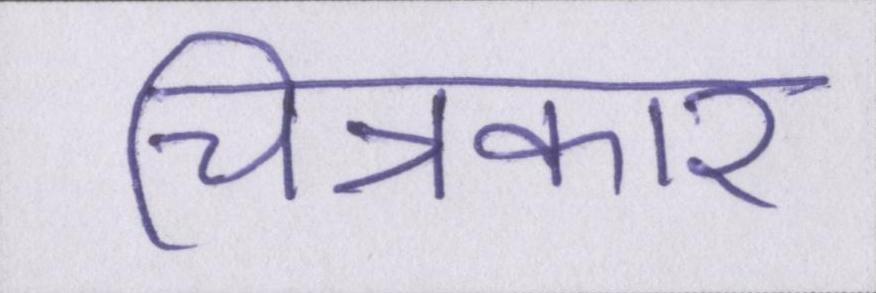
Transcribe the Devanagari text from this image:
चित्रकार